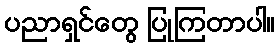
ပညာရှင်တွေ ပြုကြတာပါ။